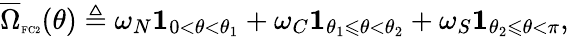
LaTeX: \overline{{\Omega}}_{\textnormal{\tiny{FC2}}}(\theta)\triangleq\omega_{N}\mathbf{1}_{0<\theta<\theta_{1}}+\omega_{C}\mathbf{1}_{\theta_{1}\leqslant\theta<\theta_{2}}+\omega_{S}\mathbf{1}_{\theta_{2}\leqslant\theta<\pi},